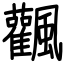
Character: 飌